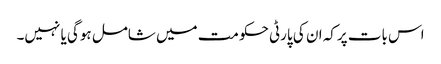
اس بات پرکہ ان کی پارٹی حکومت میں شامل ہوگی یا نہیں۔